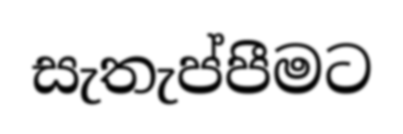
සැතැප්පීමට